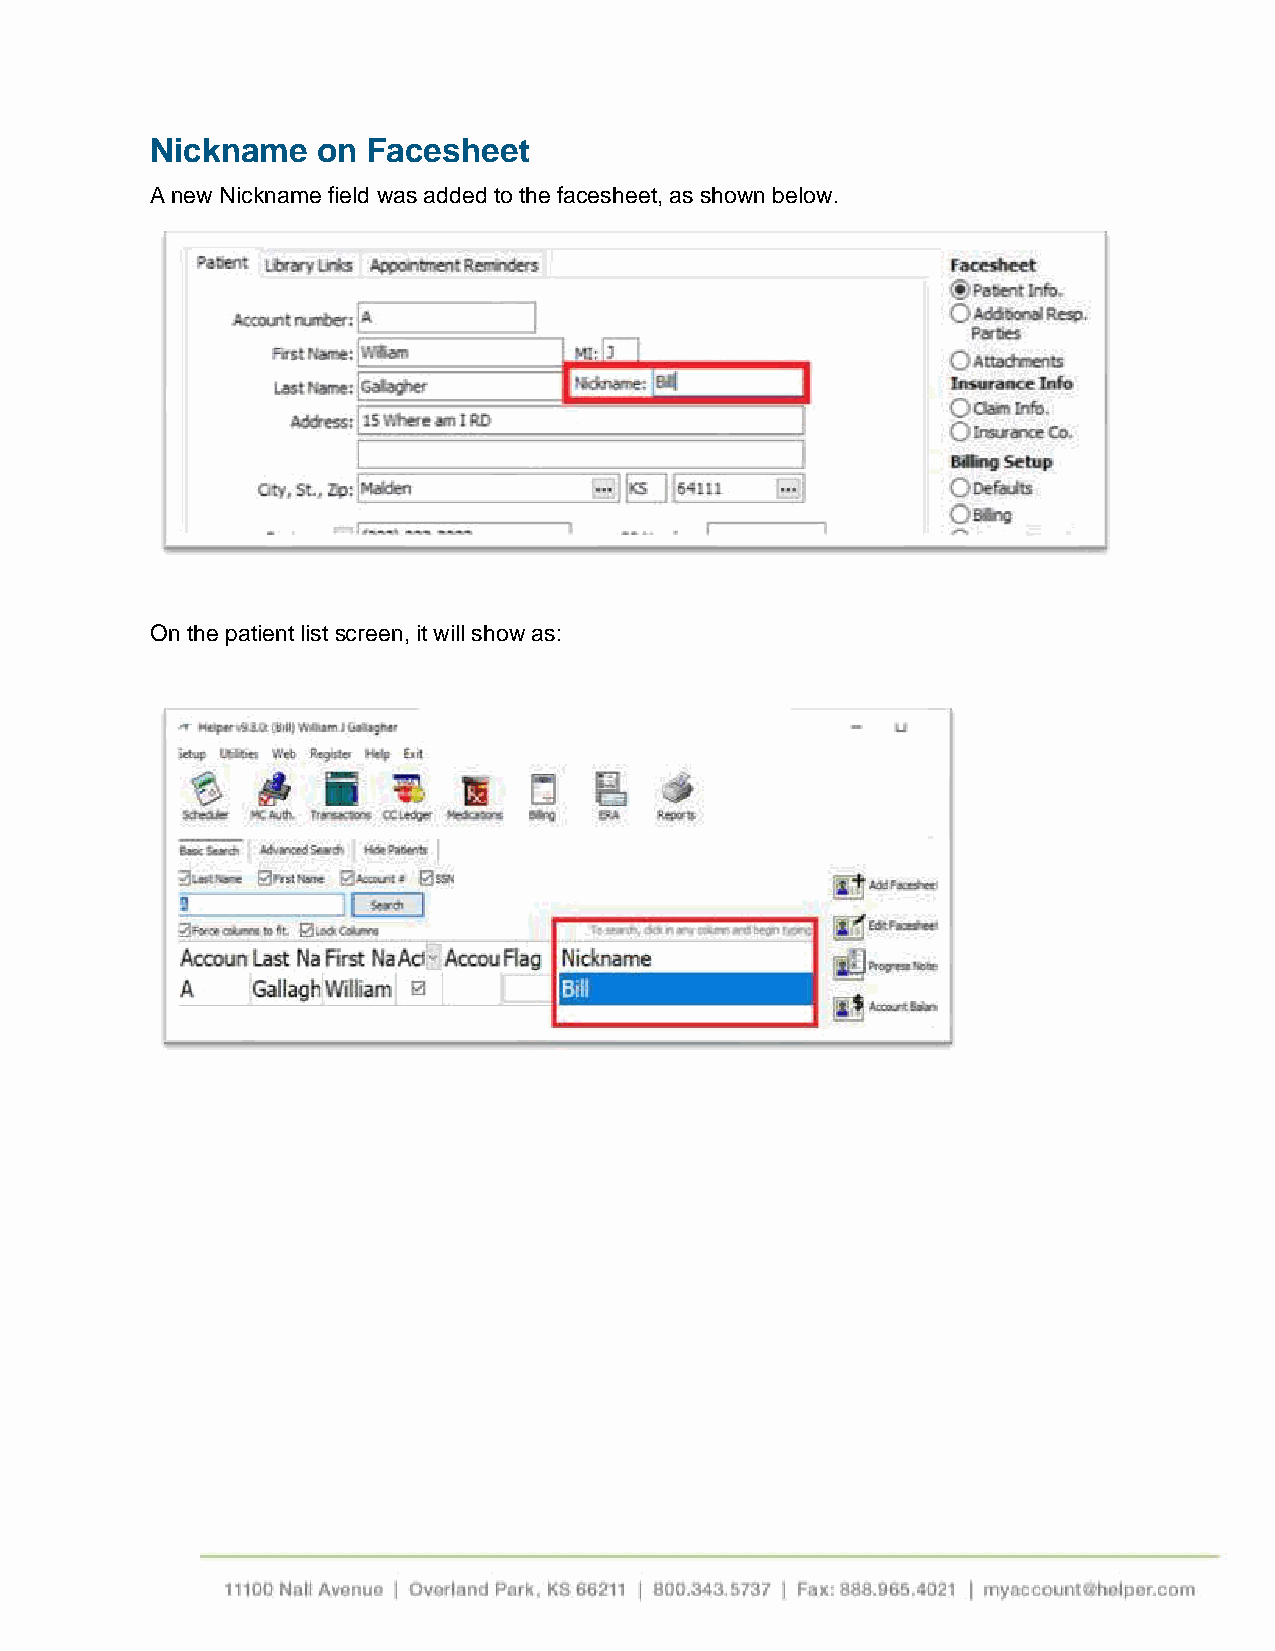
Nickname   on Facesheet
 A new Nickname field was added to the facesheet, as shown below.
 On the patient list screen, it will show as: